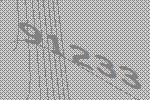
91233